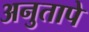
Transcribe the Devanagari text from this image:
अनुतापे